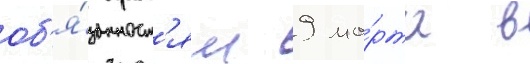
об'я́занност'ям 9 ма́рта в